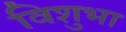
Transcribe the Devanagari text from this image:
विशुभा